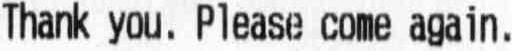
THANK YOU. PLEASE COME AGAIN.